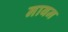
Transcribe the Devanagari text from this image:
नाबन